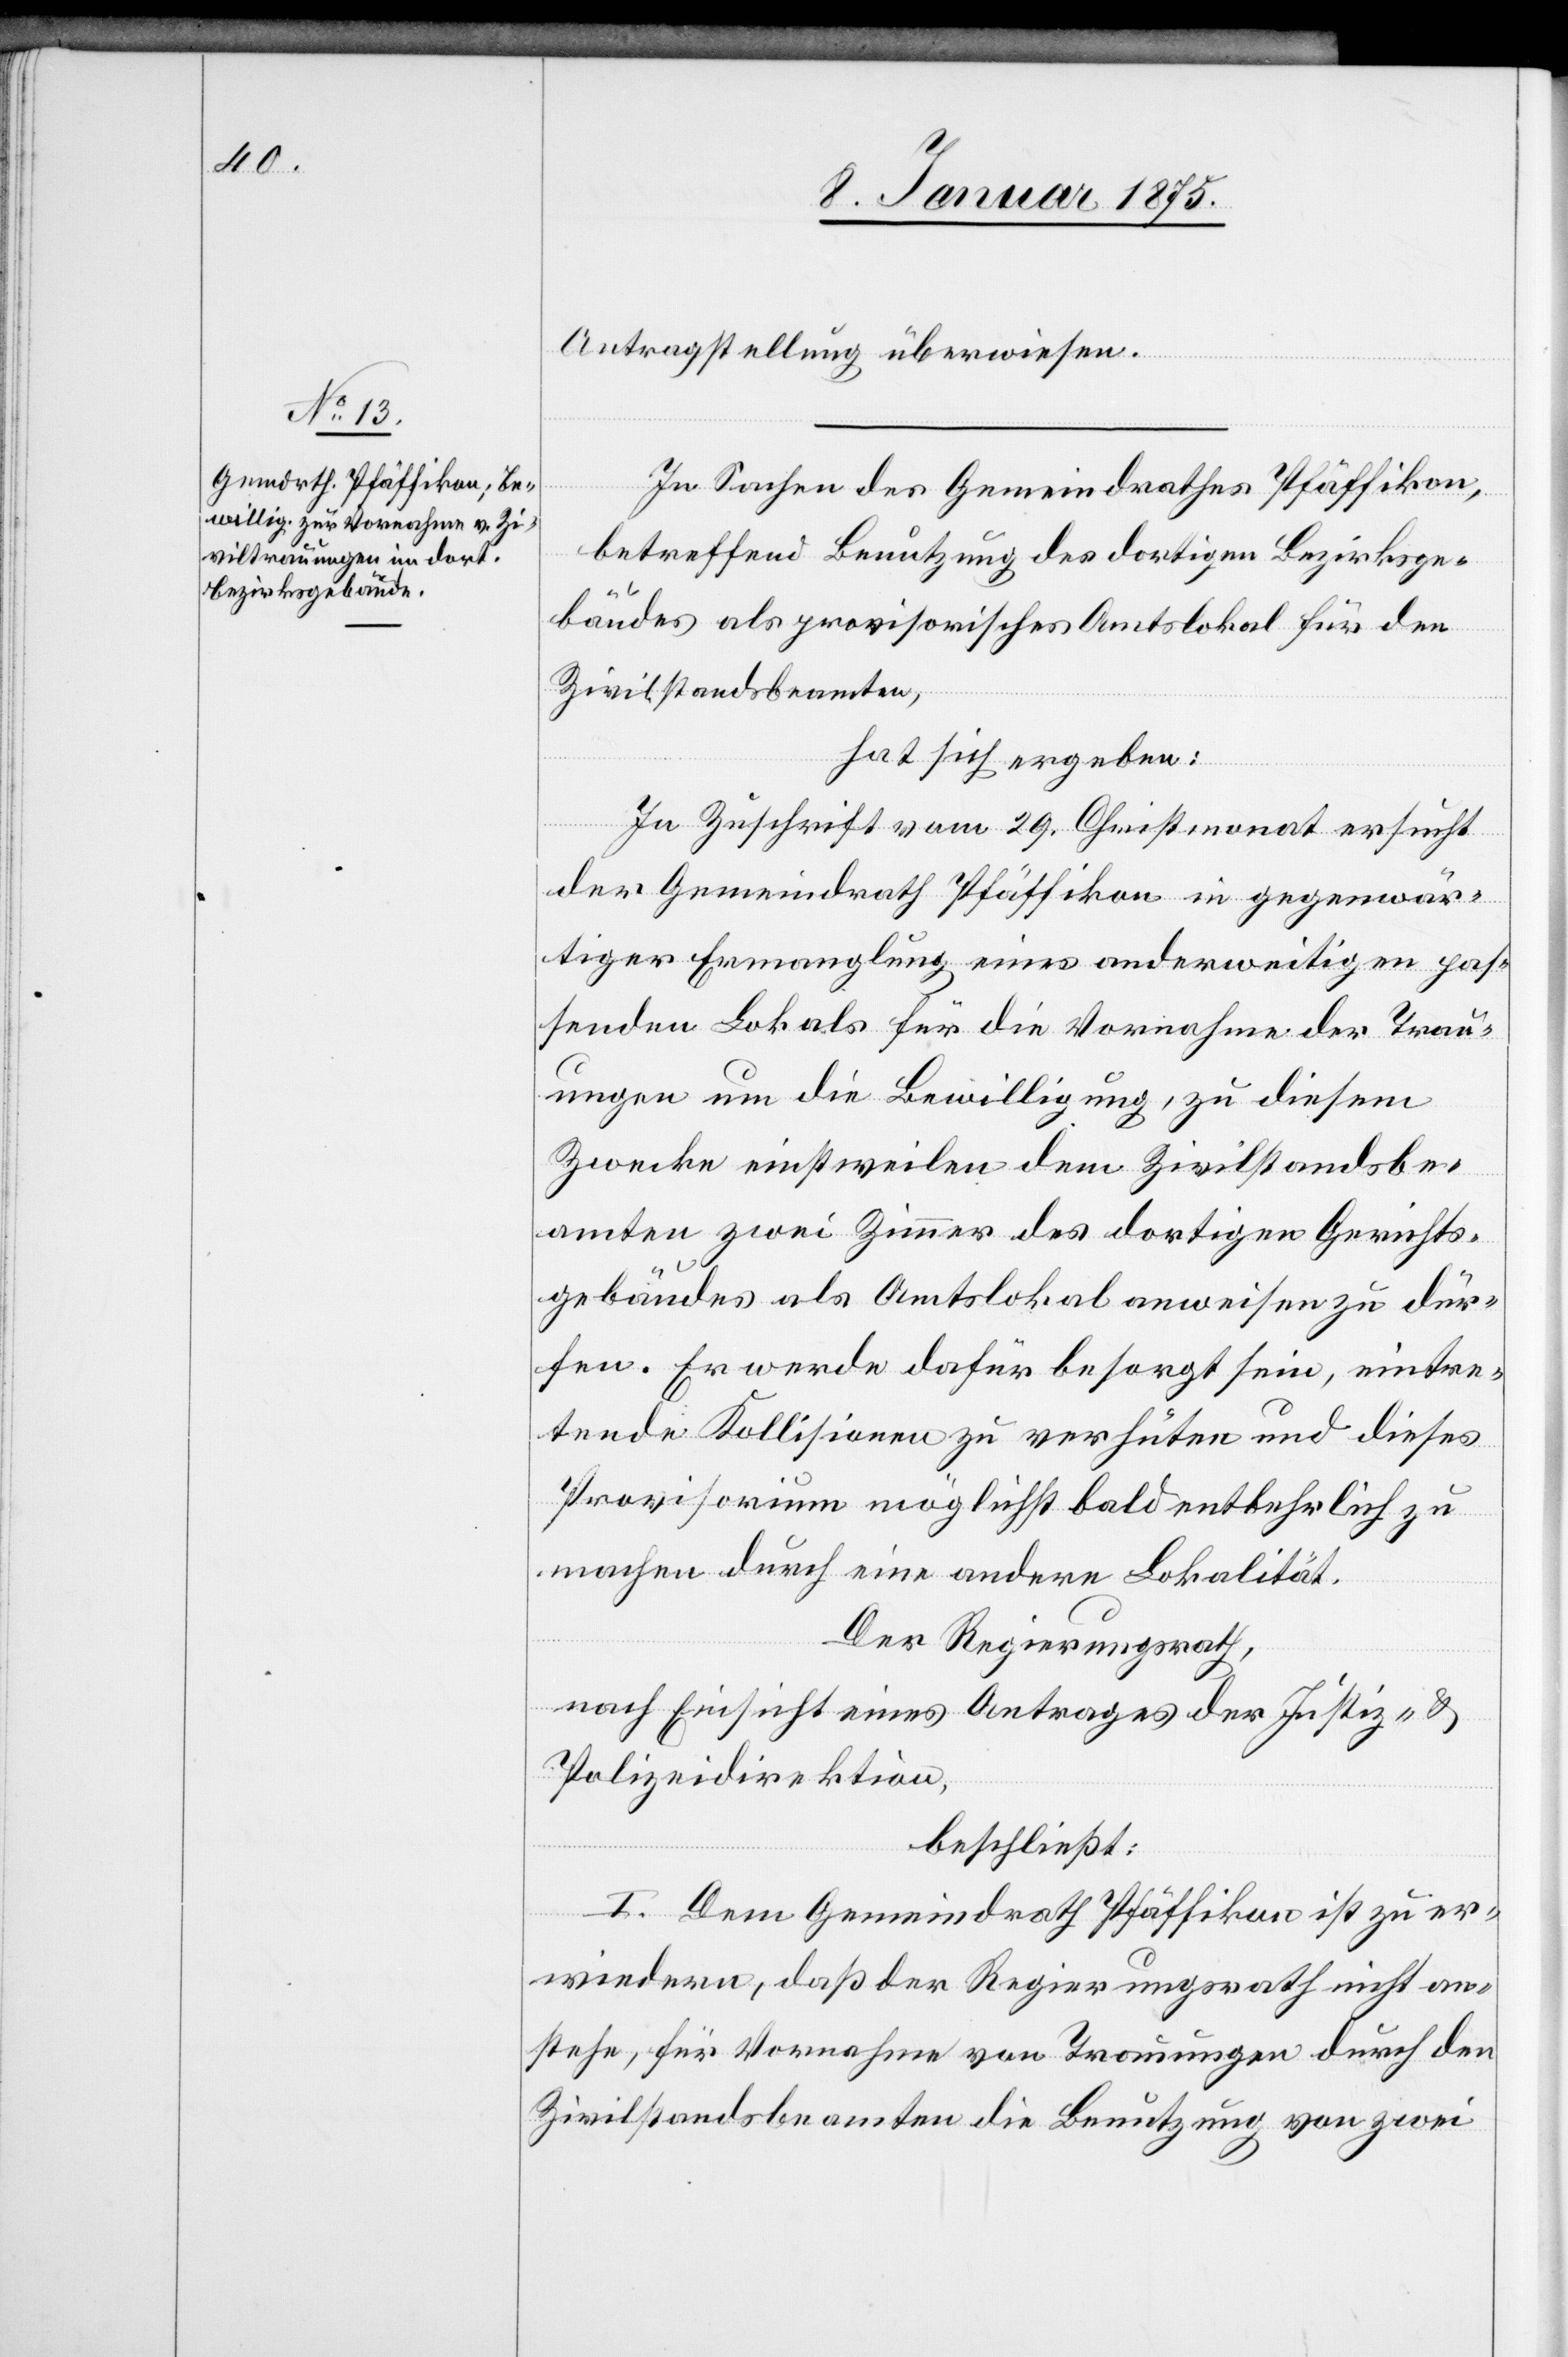
Antragstellung überwiesen.
In Sachen des Gemeindrathes Pfäffikon,
betreffend Benutzung des dortigen Bezirksge¬
bäudes als provisorisches Amtslokal für den
Zivilstandsbeamten,
hat sich ergeben:
In Zuschrift vom 29. Christmonat ersucht
der Gemeindrath Pfäffikon in gegenwär¬
tiger Ermangelung eines anderweitigen pas¬
senden Lokals für die Vornahme der Trau¬
ungen um die Bewilligung, zu diesem
Zwecke einstweilen dem Zivilstandsbe¬
amten zwei Zimmer des dortigen Gerichts¬
gebäudes als Amtslokal anweisen zu dür¬
fen. Er werde dafür besorgt sein, eintre¬
tende Kollisionen zu verhüten und dieses
Provisorium möglichst bald entbehrlich zu
machen durch eine andere Lokalität.
Der Regierungsrath,
nach Einsicht eines Antrages der Justiz- u.
Polizeidirektion,
beschließt:
I. Dem Gemeindrath Pfäffikon ist zu er¬
wiedern, daß der Regierungsrath nicht an¬
stehe, für Vornahme von Trauungen durch den
Zivilstandsbeamten die Benutzung von zwei